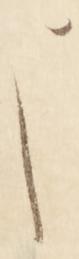
よ